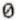
0